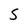
Character: S